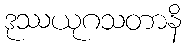
ဒုဿယုဂသတာနိ